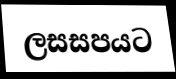
ලසසපයට